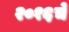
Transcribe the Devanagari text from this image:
२०१६चे